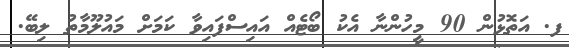
ފ. އަތޮޅުން 90 މީހުންނާ އެކު ބޯޓެއް އައިސްފައިވާ ކަމަށް މައުލޫމާތު ލިބޭ.